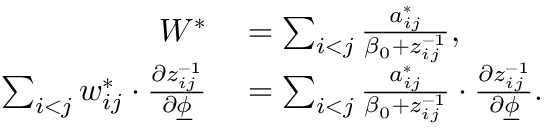
\begin{array} { r l } { W ^ { * } } & { { } = \sum _ { i < j } \frac { a _ { i j } ^ { * } } { \beta _ { 0 } + z _ { i j } ^ { - 1 } } , } \\ { \sum _ { i < j } w _ { i j } ^ { * } \cdot \frac { \partial z _ { i j } ^ { - 1 } } { \partial \underline { { \phi } } } } & { { } = \sum _ { i < j } \frac { a _ { i j } ^ { * } } { \beta _ { 0 } + z _ { i j } ^ { - 1 } } \cdot \frac { \partial z _ { i j } ^ { - 1 } } { \partial \underline { { \phi } } } . } \end{array}